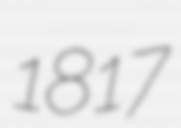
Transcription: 1817